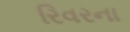
રિવરના